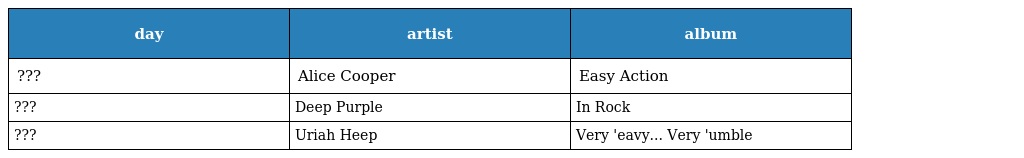
| day | artist | album |
 | --- | --- | --- |
 | ??? | Alice Cooper | Easy Action |
 | ??? | Deep Purple | In Rock |
 | ??? | Uriah Heep | Very 'eavy... Very 'umble |